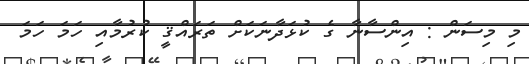
މި މިސަން : އިންސާނާ ގެ ކުޅަދާނަކަށް ތަރައްޤީ ކުރުމާއި ހަމަ ހަމަ